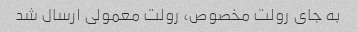
به جای رولت مخصوص، رولت معمولی ارسال شد